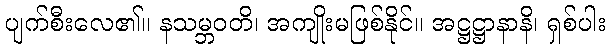
ပျက်စီးလေ၏။ နသမ္ဘဝတိ၊ အကျိုးမဖြစ်နိုင်။ အဋ္ဌဋ္ဌာနာနိ၊ ရှစ်ပါး